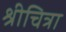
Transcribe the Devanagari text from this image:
श्रीचित्रा